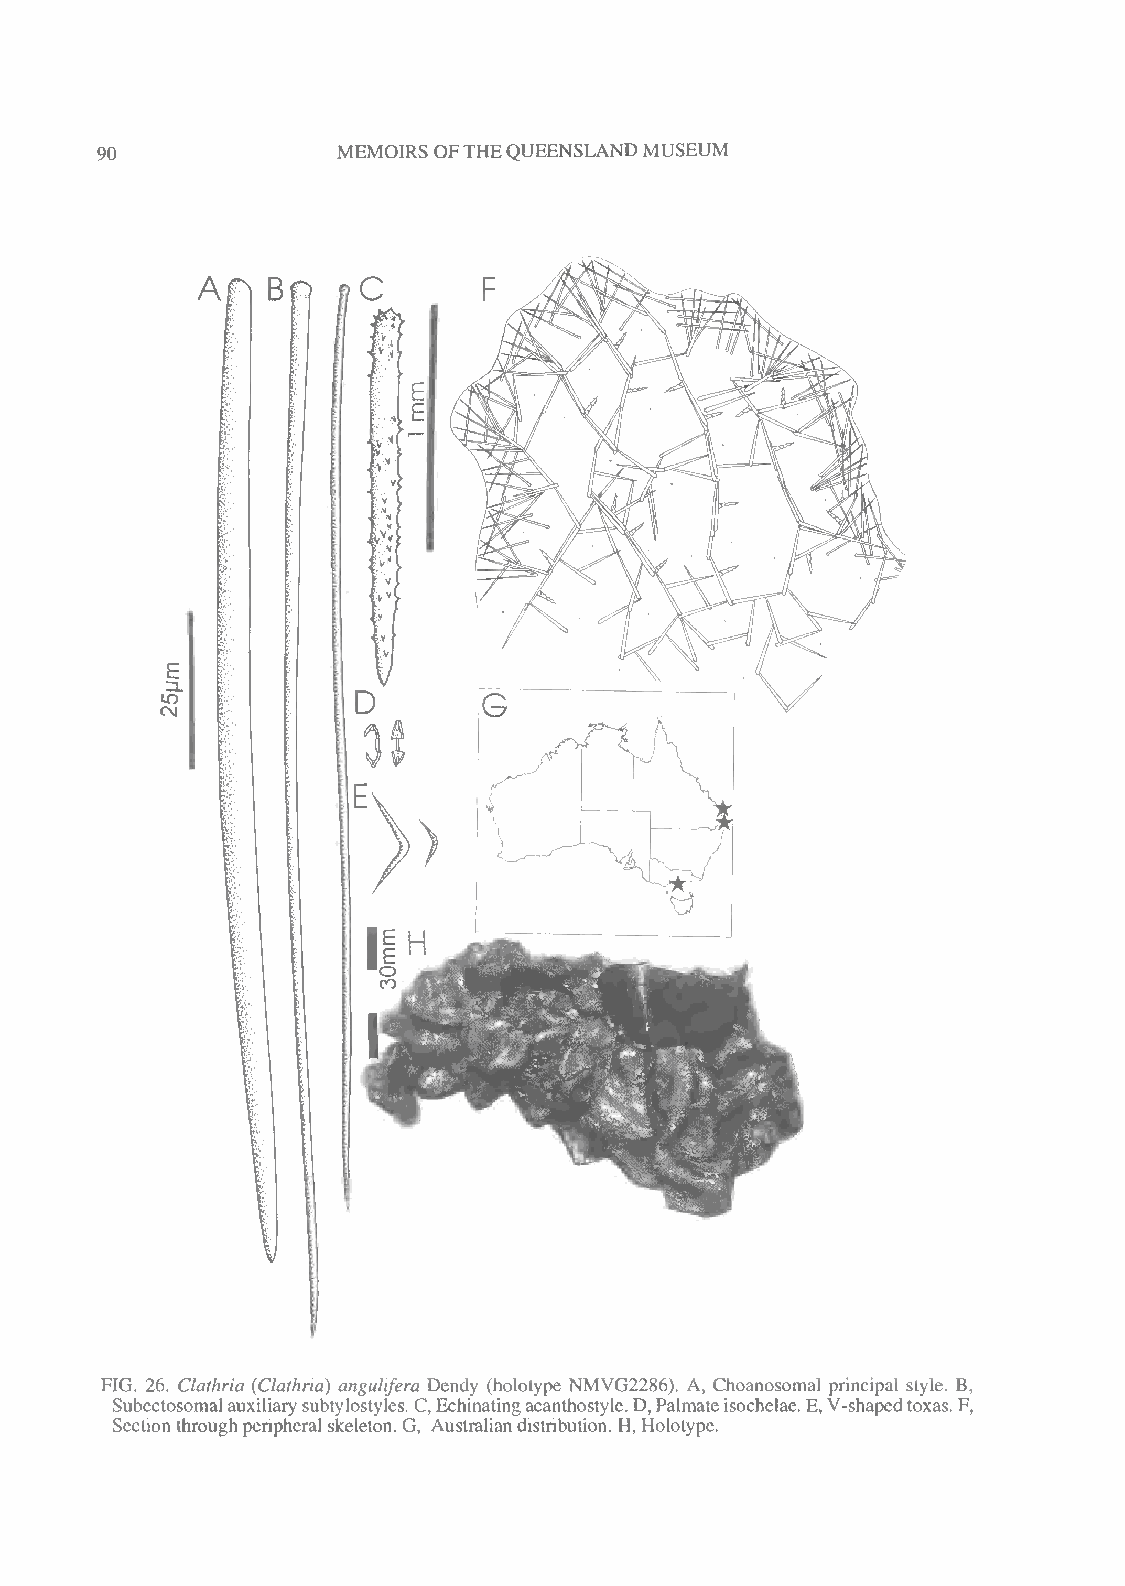
MEMOIRS OFTHEQUEENSLANDMUSEUM
 90
 FIG. 26. Clathria {Clathria) angulifera Dendy (holotype NMVG2286). A, Choanosomal principal style. B,
 Subectosomalauxiliarysubtylostyles.C,Echinatingacanthostyle.D,Palmateisochelae.E,V-shapedtoxas.F,
 Section throughperipheral skeleton. G, Australiandistribution. H, Holotype.